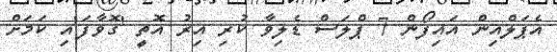
އެޕަލްއިން އައިފޯން 7 ޕްލަސް ޑެލިވާ ކުރި އިރު އޮތީ 'ގޮވާފަ'އި ކަމަށް